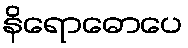
နိရောဓောပေ